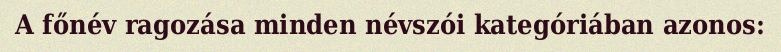
A főnév ragozása minden névszói kategóriában azonos: